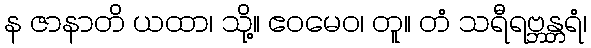
န ဇာနာတိ ယထာ၊ သို့။ ဧဝမေဝ၊ တူ။ တံ သရီရဗ္ဘန္တရံ၊